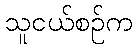
သူငယ်စဉ်က